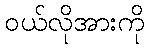
ဝယ်လိုအားကို